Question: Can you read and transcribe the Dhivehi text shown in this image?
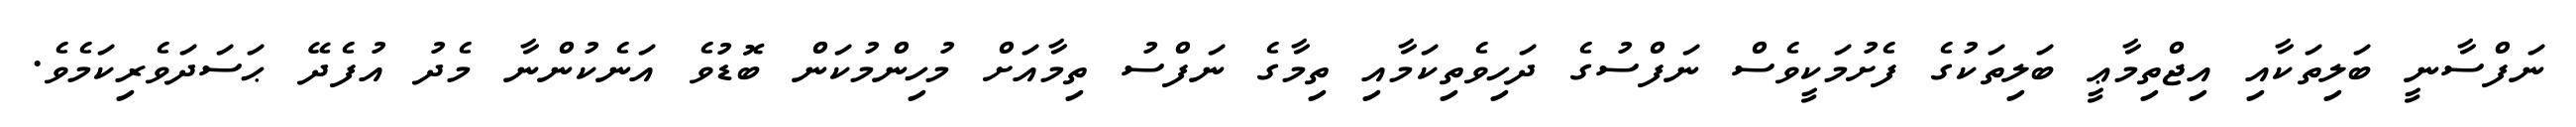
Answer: ނަފްސާނީ ބަލިތަކާއި އިޖްތިމާޢީ ބަލިތަކުގެ ފެށުމަކީވެސް ނަފްސުގެ ދަހިވެތިކަމާއި ތިމާގެ ނަފްސު ތިމާއަށް މުހިންމުކަން ބޮޑުވެ އަނެކުންނާ މެދު އުފެދޭ ޙަސަދަވެރިކަމެވެ.